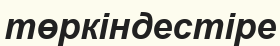
төркіндестіре